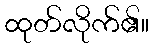
ထုတ်လိုက်၏။